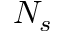
N _ { s }